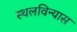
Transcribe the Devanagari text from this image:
स्थलविन्यास